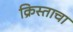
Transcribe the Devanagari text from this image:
क्रिस्ताचा